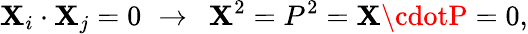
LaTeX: \mathbf{X}_{i}\cdot\mathbf{X}_{j}=0\, \, \rightarrow\, \, \, \mathbf{X}^{2}=P^{2}=\mathbf{X}\cdotP=0,